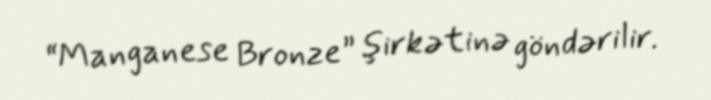
“Manganese Bronze” şirkətinə göndərilir.